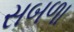
સબળા